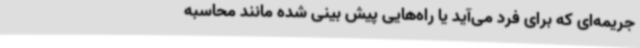
جریمه‌ای که برای فرد می‌آید یا راه‌هایی پیش بینی شده مانند محاسبه